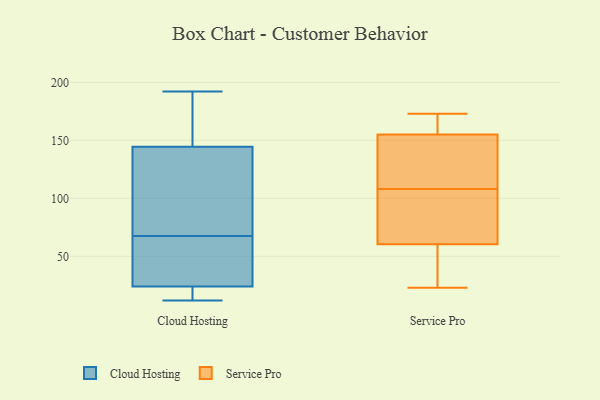
{"axis": {"x": "Conversion Rate (%)", "y": "Value"}, "legend": ["Cloud Hosting", "Service Pro"], "data": [{"x": "", "y": 146, "type": "Cloud Hosting"}, {"x": "", "y": 66, "type": "Cloud Hosting"}, {"x": "", "y": 13, "type": "Cloud Hosting"}, {"x": "", "y": 111, "type": "Cloud Hosting"}, {"x": "", "y": 24, "type": "Cloud Hosting"}, {"x": "", "y": 65, "type": "Cloud Hosting"}, {"x": "", "y": 159, "type": "Cloud Hosting"}, {"x": "", "y": 12, "type": "Cloud Hosting"}, {"x": "", "y": 55, "type": "Cloud Hosting"}, {"x": "", "y": 100, "type": "Cloud Hosting"}, {"x": "", "y": 92, "type": "Cloud Hosting"}, {"x": "", "y": 69, "type": "Cloud Hosting"}, {"x": "", "y": 12, "type": "Cloud Hosting"}, {"x": "", "y": 24, "type": "Cloud Hosting"}, {"x": "", "y": 17, "type": "Cloud Hosting"}, {"x": "", "y": 30, "type": "Cloud Hosting"}, {"x": "", "y": 184, "type": "Cloud Hosting"}, {"x": "", "y": 143, "type": "Cloud Hosting"}, {"x": "", "y": 192, "type": "Cloud Hosting"}, {"x": "", "y": 182, "type": "Cloud Hosting"}, {"x": "", "y": 173, "type": "Service Pro"}, {"x": "", "y": 102, "type": "Service Pro"}, {"x": "", "y": 23, "type": "Service Pro"}, {"x": "", "y": 150, "type": "Service Pro"}, {"x": "", "y": 108, "type": "Service Pro"}, {"x": "", "y": 171, "type": "Service Pro"}, {"x": "", "y": 72, "type": "Service Pro"}, {"x": "", "y": 170, "type": "Service Pro"}, {"x": "", "y": 29, "type": "Service Pro"}, {"x": "", "y": 132, "type": "Service Pro"}, {"x": "", "y": 68, "type": "Service Pro"}, {"x": "", "y": 38, "type": "Service Pro"}, {"x": "", "y": 137, "type": "Service Pro"}]}